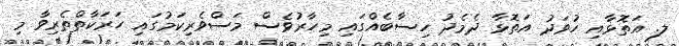
ލ. އަތޮޅާއި ހުވަދު އަތޮޅާ ދެމެދު ހިސާބެއްގައި މިހާރުވެސް މަސްވެރިކަމުގައި ހަރަކާތްތެރިވާ މި